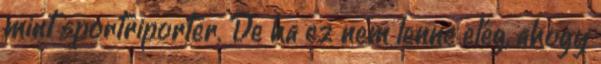
mint sportriporter. De ha ez nem lenne elég, ahogy